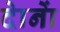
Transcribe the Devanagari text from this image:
दाेनाें